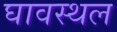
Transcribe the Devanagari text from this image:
घावस्थल